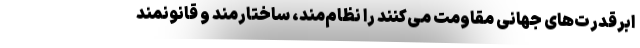
ابرقدرت‌های جهانی مقاومت می‌کنند را نظام‌مند، ساختارمند و قانونمند